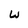
Character: u